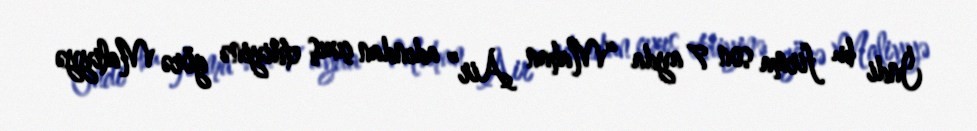
İndi bu firma son 7 ayda “Mahan Air” adından çıxış etdiyinə görə Maliyyə